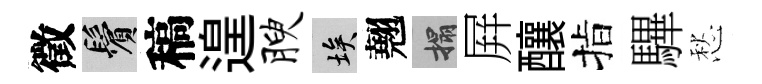
徵鬢稿遑腴埃翹搨屛釀指驆愁